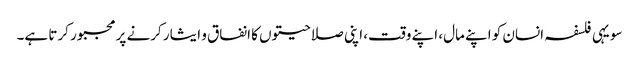
سو یہی فلسفہ انسان کو اپنے مال، اپنے وقت، اپنی صلاحیتوں کا انفاق و ایثار کرنے پر مجبور کرتا ہے۔